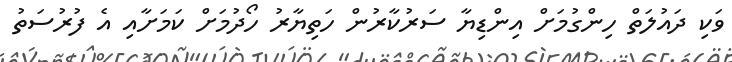
ވަކި ދައުލަތް ހިންގުމަށް އިންޑިޔާ ސަރުކާރުން ހަތިޔާރު ހޯދުމަށް ކަމަށާއި އެ ފުރުސަތު